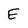
Character: E